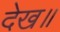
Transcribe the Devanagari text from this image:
देख॥